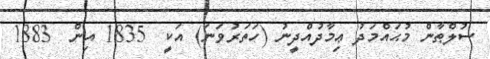
ސުލްޠާން މުޙައްމަދު ޢިމާދުއްދީނު (ހަތަރުވަނަ) އަކީ  1835 އިން  1883